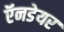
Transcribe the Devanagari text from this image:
ऍनडेयर